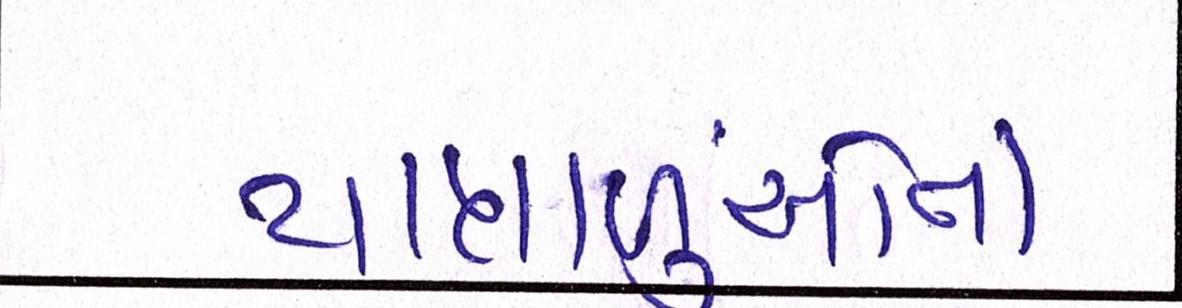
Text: યાત્રાળુઓનો